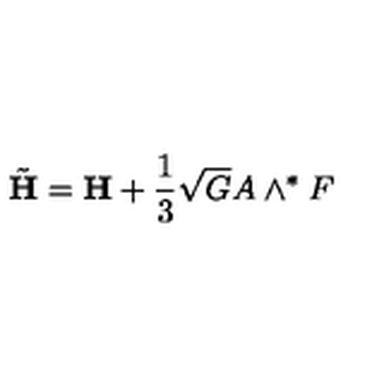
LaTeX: { \tilde { \bf H } } = { \bf H } + \frac 1 3 \sqrt { G } A \wedge ^ { * } F ~